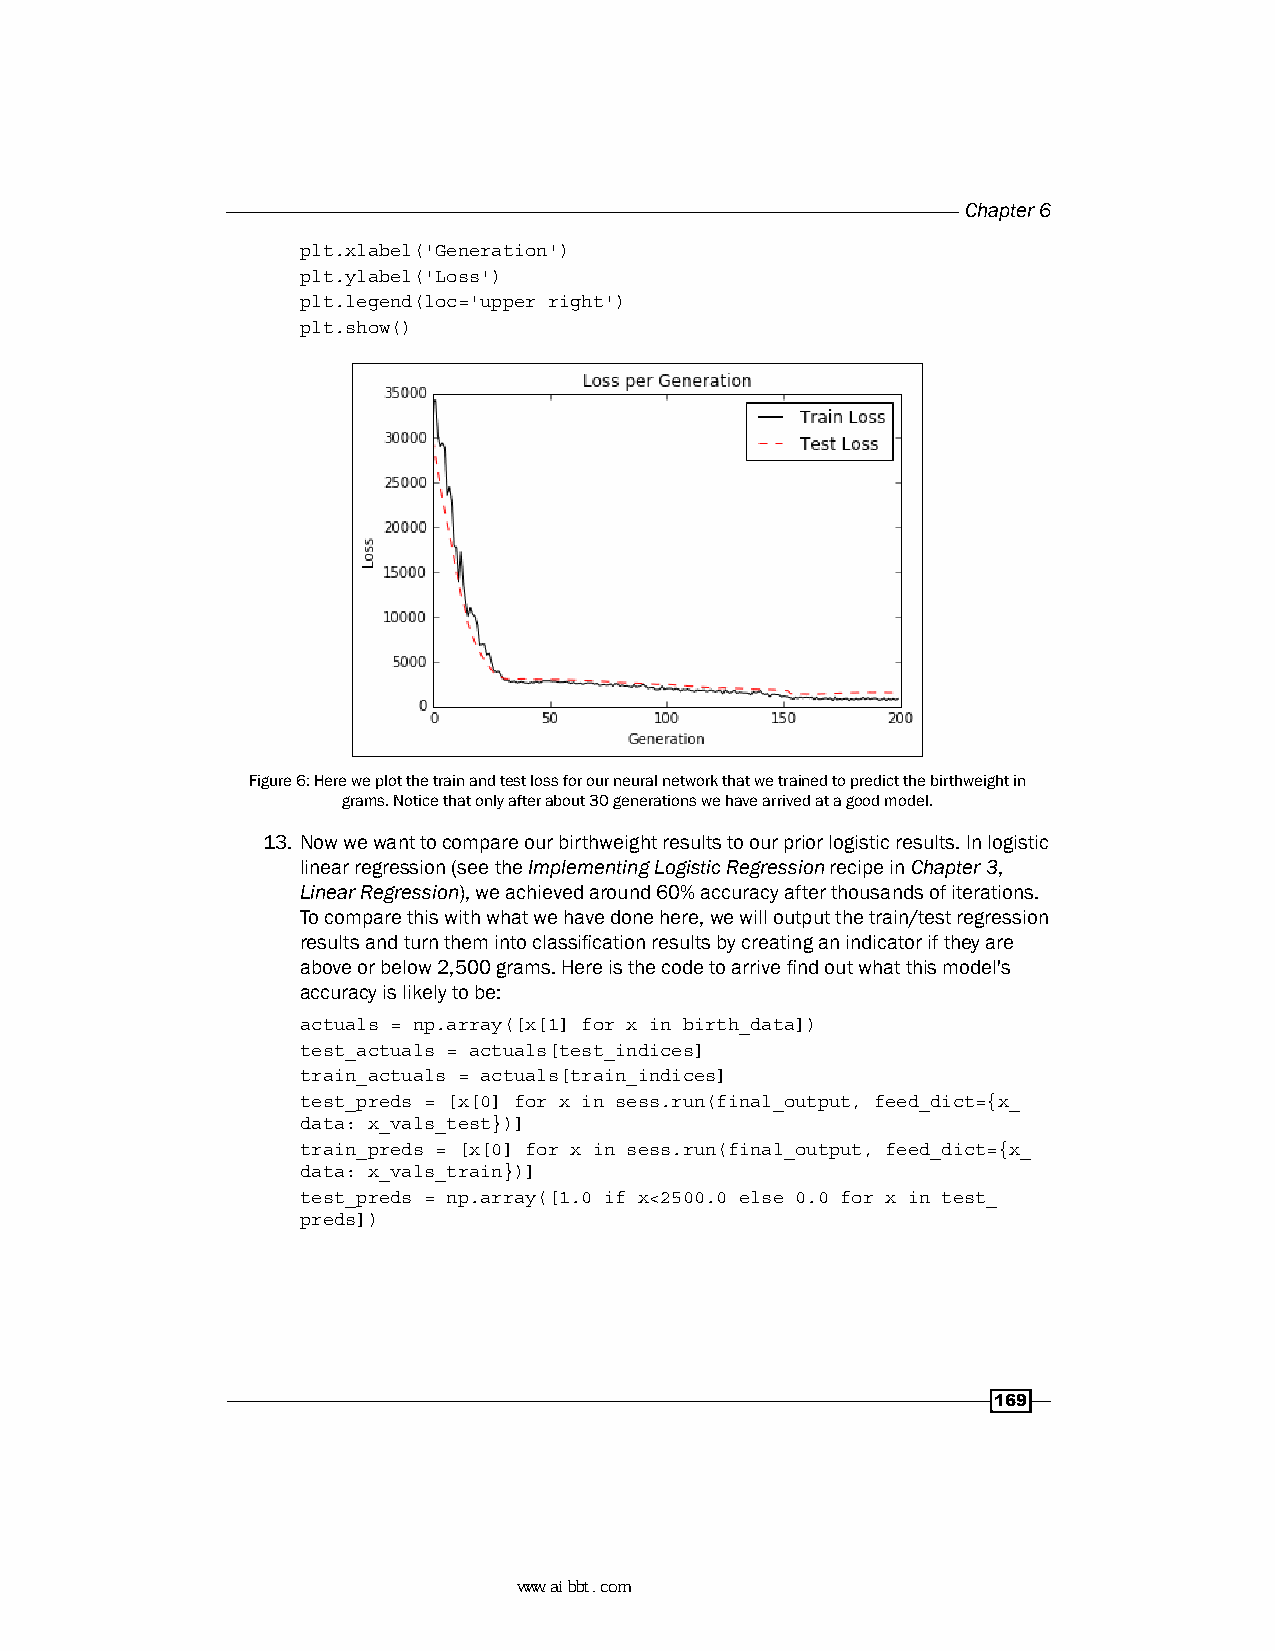
Chapter 6
 plt.xlabel('Generation')
 plt.ylabel('Loss')
 plt.legend(loc='upper right')
 plt.show()
 Figure 6: Here we plot the train and test loss for our neural network that we trained to predict the birthweight in
 grams. Notice that only after about 30 generations we have arrived at a good model.
 13. Now we want to compare our birthweight results to our prior logistic results. In logistic
 linear regression (see the Implementing Logistic Regression recipe in Chapter 3,
 Linear Regression), we achieved around 60% accuracy after thousands of iterations.
 To compare this with what we have done here, we will output the train/test regression
 results and turn them into classification results by creating an indicator if they are
 above or below 2,500 grams. Here is the code to arrive find out what this model's
 accuracy is likely to be:
 actuals = np.array([x[1] for x in birth_data])
 test_actuals = actuals[test_indices]
 train_actuals = actuals[train_indices]
 test_preds = [x[0] for x in sess.run(final_output, feed_dict={x_
 data: x_vals_test})]
 train_preds = [x[0] for x in sess.run(final_output, feed_dict={x_
 data: x_vals_train})]
 test_preds = np.array([1.0 if x<2500.0 else 0.0 for x in test_
 preds])
 169
 www.aibbt.com 让未来触手可及